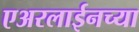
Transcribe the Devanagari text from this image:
एअरलाईनच्या